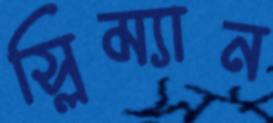
স্লিম্যান